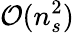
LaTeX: \mathcal{O}(n_{s}^{2})